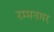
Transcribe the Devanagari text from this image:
रम्मनगर